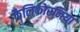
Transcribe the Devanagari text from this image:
कैलिफोरनिया